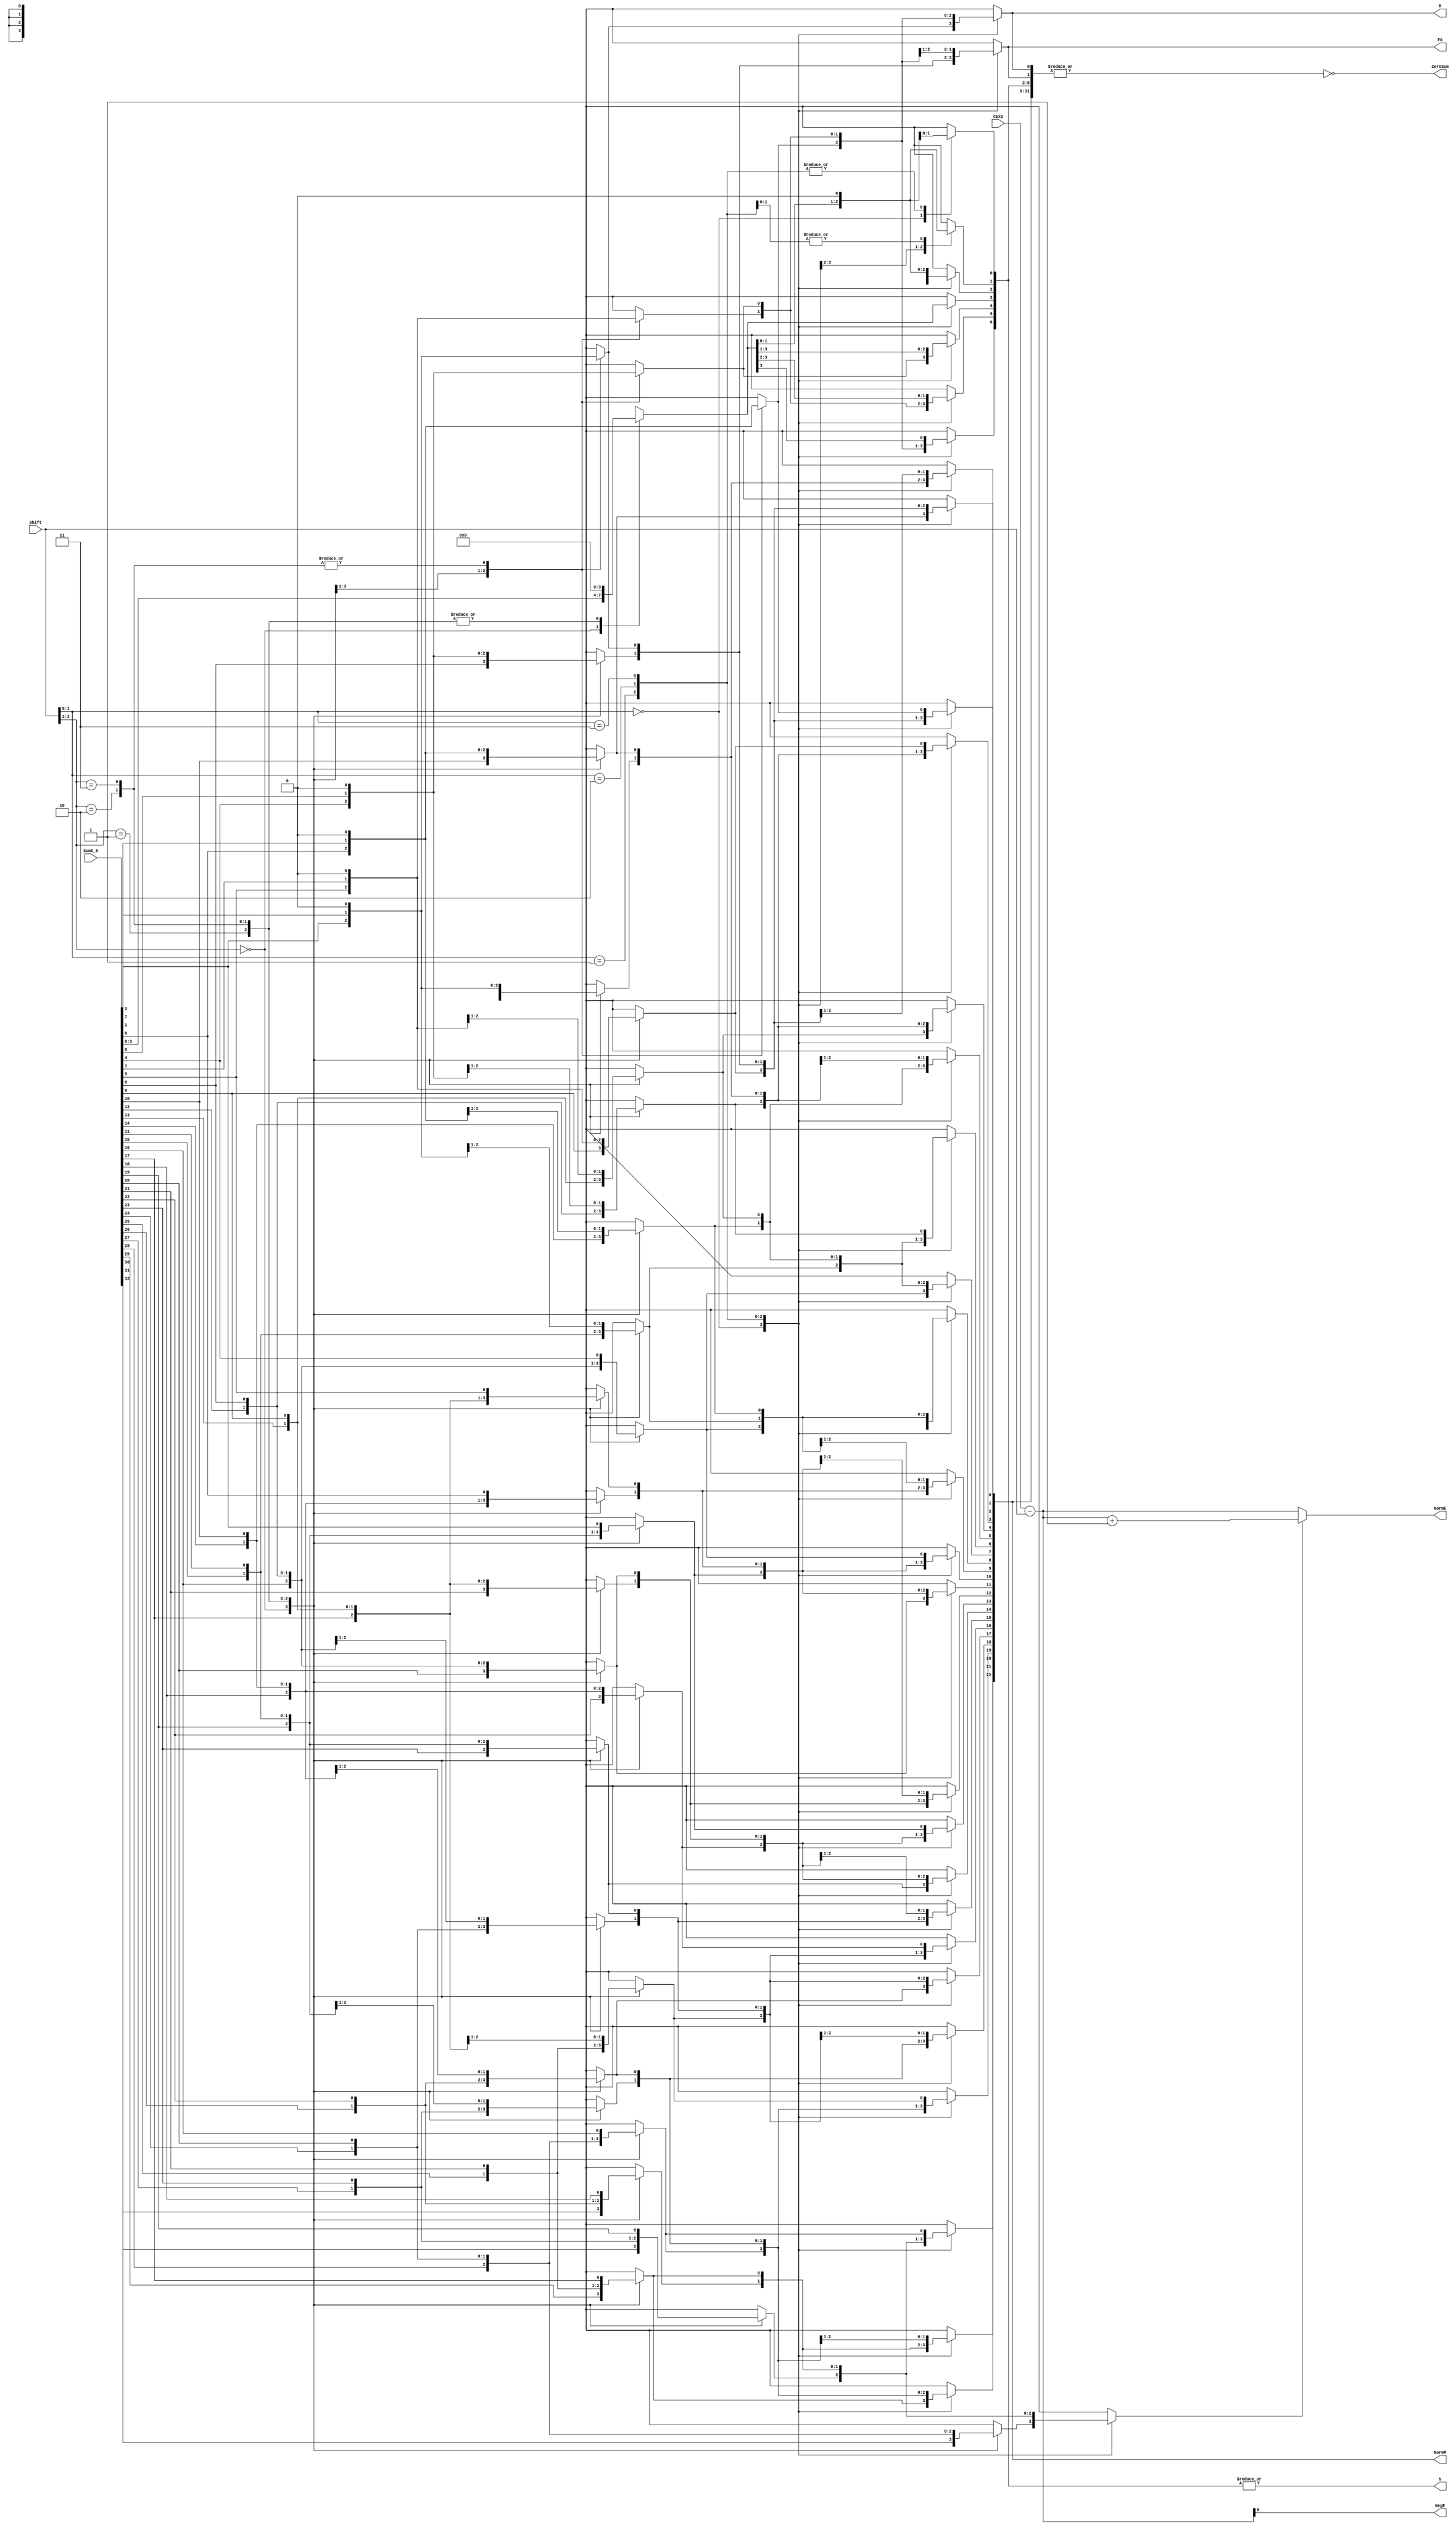
`timescale 1ns / 1ps

module FPAddSub_c_32(
		SumS_5,
		Shift,
		CExp,
		NormM,
		NormE,
		ZeroSum,
		NegE,
		R,
		S,
		FG
	);
	
	// Input ports
	input [32:0] SumS_5 ;						// Smaller mantissa after 16|12|8|4 shift
	
	input [4:0] Shift ;						// Shift amount
	
// Input ports
	
	input [7:0] CExp ;
	

	// Output ports
	output [22:0] NormM ;				// Normalized mantissa
	output [8:0] NormE ;					// Adjusted exponent
	output ZeroSum ;						// Zero flag
	output NegE ;							// Flag indicating negative exponent
	output R ;								// Round bit
	output S ;								// Final sticky bit
	output FG ;


	wire [3:0]Shift_1;
	assign Shift_1 = Shift [3:0];
	// Output ports
	wire [32:0] SumS_7 ;						// The smaller mantissa
	
	reg	  [32:0]		Lvl2;
	wire    [65:0]    Stage1;	
	reg	  [32:0]		Lvl3;
	wire    [65:0]    Stage2;	
	integer           i;               	// Loop variable
	
	assign Stage1 = {SumS_5, SumS_5};

	always @(*) begin    					// Rotate {0 | 4 | 8 | 12} bits
	  case (Shift[3:2])
			// Rotate by 0
			2'b00: Lvl2 <= Stage1[32:0];       		
			// Rotate by 4
			2'b01: begin for (i=65; i>=33; i=i-1) begin Lvl2[i-33] <= Stage1[i-4]; end Lvl2[3:0] <= 0; end
			// Rotate by 8
			2'b10: begin for (i=65; i>=33; i=i-1) begin Lvl2[i-33] <= Stage1[i-8]; end Lvl2[7:0] <= 0; end
			// Rotate by 12
			2'b11: begin for (i=65; i>=33; i=i-1) begin Lvl2[i-33] <= Stage1[i-12]; end Lvl2[11:0] <= 0; end
	  endcase
	end
	
	assign Stage2 = {Lvl2, Lvl2};

	always @(*) begin   				 		// Rotate {0 | 1 | 2 | 3} bits
	  case (Shift_1[1:0])
			// Rotate by 0
			2'b00:  Lvl3 <= Stage2[32:0];
			// Rotate by 1
			2'b01: begin for (i=65; i>=33; i=i-1) begin Lvl3[i-33] <= Stage2[i-1]; end Lvl3[0] <= 0; end 
			// Rotate by 2
			2'b10: begin for (i=65; i>=33; i=i-1) begin Lvl3[i-33] <= Stage2[i-2]; end Lvl3[1:0] <= 0; end
			// Rotate by 3
			2'b11: begin for (i=65; i>=33; i=i-1) begin Lvl3[i-33] <= Stage2[i-3]; end Lvl3[2:0] <= 0; end
	  endcase
	end
	
	// Assign outputs
	assign SumS_7 = Lvl3;						// Take out smaller mantissa



	
	// Internal signals
	wire MSBShift ;						// Flag indicating that a second shift is needed
	wire [8:0] ExpOF ;					// MSB set in sum indicates overflow
	wire [8:0] ExpOK ;					// MSB not set, no adjustment
	
	// Calculate normalized exponent and mantissa, check for all-zero sum
	assign MSBShift = SumS_7[32] ;		// Check MSB in unnormalized sum
	assign ZeroSum = ~|SumS_7 ;			// Check for all zero sum
	assign ExpOK = CExp - Shift ;		// Adjust exponent for new normalized mantissa
	assign NegE = ExpOK[8] ;			// Check for exponent overflow
	assign ExpOF = CExp - Shift + 1'b1 ;		// If MSB set, add one to exponent(x2)
	


	assign NormE = MSBShift ? ExpOF : ExpOK ;			// Check for exponent overflow
	assign NormM = SumS_7[31:9] ;		// The new, normalized mantissa
	
	// Also need to compute sticky and round bits for the rounding stage
	assign FG = SumS_7[8] ; 
	assign R = SumS_7[7] ;
	assign S = |SumS_7[6:0] ;		
	
endmodule